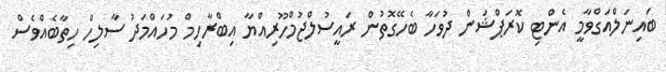
ބައިނަލްއަގްވާމީ އެންޓި ކޮރަޕްޝަން ދުވަހާ ބެހޭގޮތުން ރައީސުލްޖުމްހޫރިއްޔާ އިބްރާހިމް މުހައްމަދު ސާލިހް ހިތާބެއްވެސް